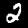
Digit: 2